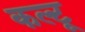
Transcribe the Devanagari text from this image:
कल्टू